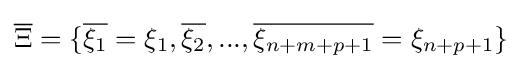
{\overline {\Xi }}=\{{\overline {\xi _{1}}}=\xi _{1},{\overline {\xi _{2}}},...,{\overline {\xi _{n+m+p+1}}}=\xi _{n+p+1}\}